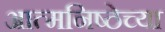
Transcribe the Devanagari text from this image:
आत्मनिष्ठेच्या